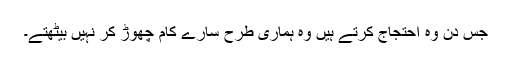
جس دن وہ احتجاج کرتے ہیں وہ ہماری طرح سارے کام چھوڑ کر نہیں بیٹھتے۔